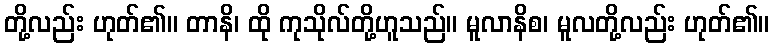
တို့လည်း ဟုတ်၏။ တာနိ၊ ထို ကုသိုလ်တို့ဟူသည်။ မူလာနိစ၊ မူလတို့လည်း ဟုတ်၏။